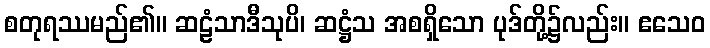
စတုရဿမည်၏။ ဆဠံသာဒီသုပိ၊ ဆဋ္ဌံသ အစရှိသော ပုဒ်တို့၌လည်း။ ဧသေဝ